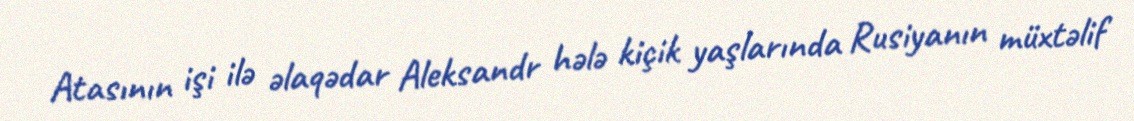
Atasının işi ilə əlaqədar Aleksandr hələ kiçik yaşlarında Rusiyanın müxtəlif